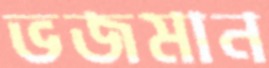
ভজমান